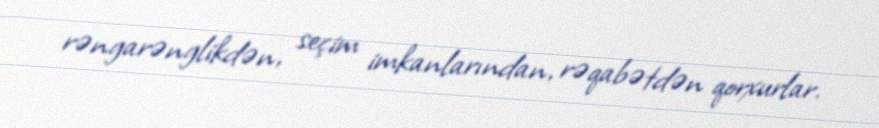
rəngarənglikdən, seçim imkanlarından, rəqabətdən qorxurlar.